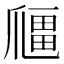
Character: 𱭅